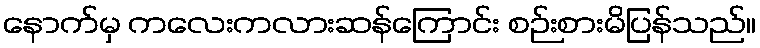
နောက်မှ ကလေးကလားဆန်ကြောင်း စဉ်းစားမိပြန်သည်။